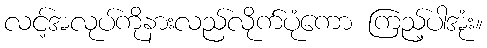
လင့်အလုပ်ကိုနားလည်လိုက်ပုံကော ကြည့်ပါအုံး။